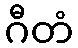
ဂီတံ